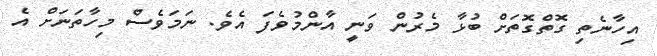
އިހާނެތި ގޮތްގޮތަށް ބުޅާ މެރުން ވަނީ އާންމުވެފަ އެވެ. ނަމަވެސް މިހާތަނަށް އެ